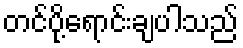
တင်ပို့ရောင်းချပါသည်